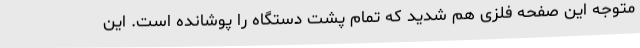
متوجه این صفحه فلزی هم شدید که تمام پشت دستگاه را پوشانده است. این